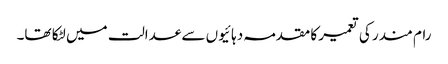
رام مندر کی تعمیر کا مقدمہ دہائیوں سے عدالت میں لٹکا تھا۔